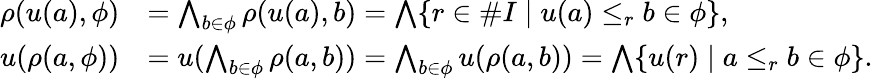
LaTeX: \begin{array}{rl}{\rho(u(a),\phi)}&{=\bigwedge_{b\in\phi}\rho(u(a),b)=\bigwedge\{ r\in\# I\mid u(a)\le_{r}b\in\phi\} ,}\\ {u(\rho(a,\phi))}&{=u(\bigwedge_{b\in\phi}\rho(a,b))=\bigwedge_{b\in\phi}u(\rho(a,b))=\bigwedge\{ u(r)\mid a\le_{r}b\in\phi\} .}\end{array}